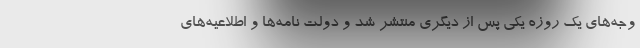
وجه‌های یک روزه یکی پس از دیگری منتشر شد و دولت نامه‌ها و اطلاعیه‌های